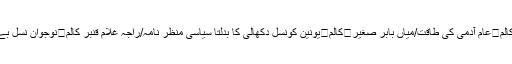
طاہر یاسین طاہر	کالم	عام آدمی کی طاقت/میاں بابر صغیر	کالم	یونین کونسل دکھالی کا بدلتا سیاسی منظر نامہ/راجہ غلام قنبر کالم	نوجوان نسل بے راہ روی کا شکار۔